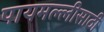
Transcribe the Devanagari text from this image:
पायमल्लीसाठी